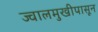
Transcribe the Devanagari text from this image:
ज्वालमुखीपासून